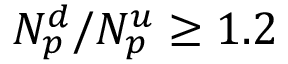
N _ { p } ^ { d } / N _ { p } ^ { u } \geq 1 . 2